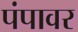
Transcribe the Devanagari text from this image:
पंपावर